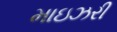
માઇઝરી